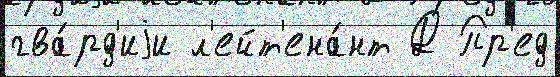
гва́рд'иjи л'ейт'ена́нт Д Пр'ед